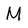
Character: M